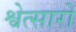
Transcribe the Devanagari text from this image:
श्वेत्सारों